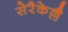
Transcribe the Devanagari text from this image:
सेरैकेल्लै